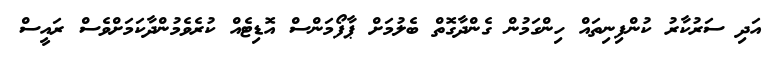
އަދި ސަރުކާރު ކުންފިނިތައް ހިންގަމުން ގެންދާގޮތް ބެލުމަށް ޕާފޯމަންސް އޮޑިޓެއް ކުރެވެމުންދާކަމަށްވެސް ރައީސް